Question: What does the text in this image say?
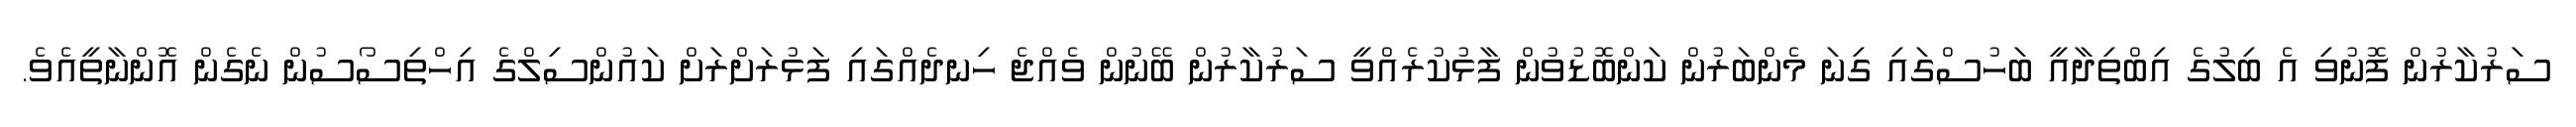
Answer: ސަރުކާރުން ފޮނުވި އެ ބިލުގެ އިބްތިދާއީ ބަހުސްގައި ގިނަ މެންބަރުން ކަންބޮޑުވުން ފާޅުކުރެއްވީ ސަރުކާރުން ބޭނުން ވެއްޖެ ހިނދެއްގައި ފަޅުރަށްރަށް ކައުންސިލްގެ އިހްތިސޯސުން ނެގެން އޮންނާތީއެވެ.